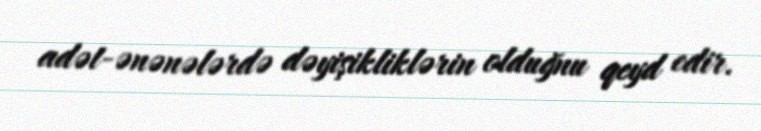
adət-ənənələrdə dəyişikliklərin olduğnu qeyd edir.